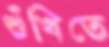
শুঁখিতে